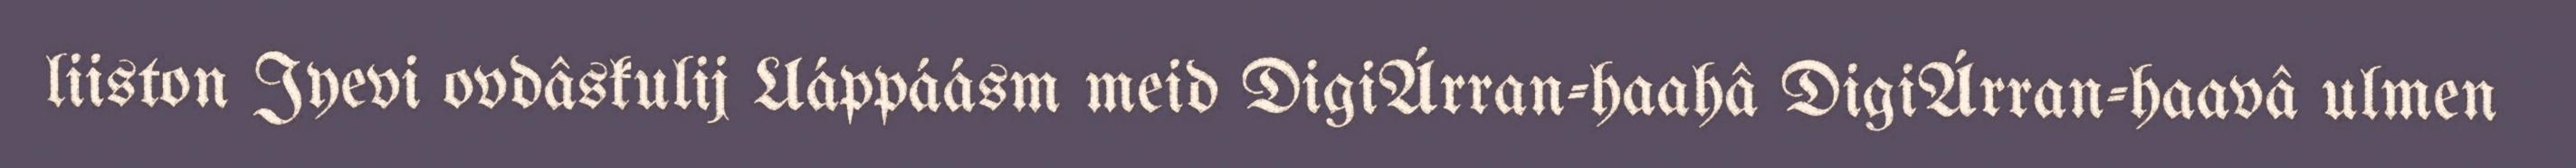
liiston Jyevi ovdâskulij Uáppáásm meid DigiÁrran-haahâ DigiÁrran-haavâ ulmen